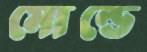
মোল্ডে